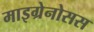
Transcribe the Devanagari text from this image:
माइग्रेनोसस